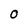
Character: O